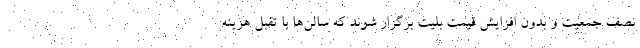
نصف جمعیت و بدون افزایش قیمت بلیت برگزار شوند که سالن‌ها با تقبل هزینه